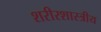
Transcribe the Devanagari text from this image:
शरीरशास्त्रीय